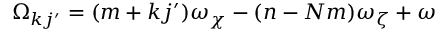
\Omega _ { k j ^ { \prime } } = ( m + k j ^ { \prime } ) \omega _ { \chi } - ( n - N m ) \omega _ { \zeta } + \omega